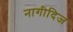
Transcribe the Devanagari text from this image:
नागीदिज